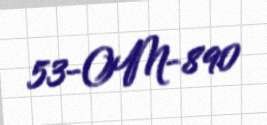
53-OM-890